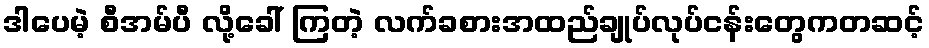
ဒါပေမဲ့ စီအမ်ပီ လို့ခေါ် ကြတဲ့ လက်ခစားအထည်ချုပ်လုပ်ငန်းတွေကတဆင့်